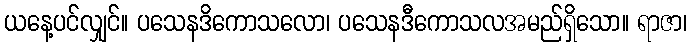
ယနေ့ပင်လျှင်။ ပသေနဒိကောသလော၊ ပသေနဒီကောသလအမည်ရှိသော။ ရာဇာ၊